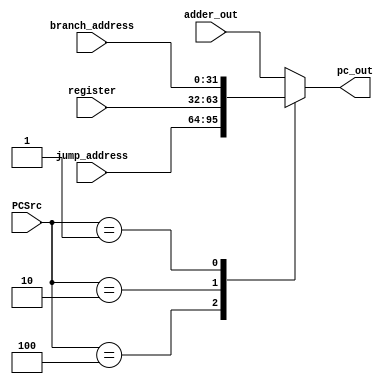
`timescale 1ns / 1ps
//////////////////////////////////////////////////////////////////////////////////
//	Alumnos:
//				 Ortmann, Nestor Javier
// 				 Trejo, Bruno Guillermo
// Year: 		 2019
// Module Name:  MULTIPLEXOR DEL PC
//////////////////////////////////////////////////////////////////////////////////
module PC_MUX #(
        parameter len_data = 32
    )
    (
        input [2:0] PCSrc,                      // viene de la Unidad de Control (se hace branch o se suma 4 noma al PC)
        input [len_data-1 : 0] adder_out,       // viene del PC_ADDER
        input [len_data-1 : 0] branch_address,  // viene de EX_MEM
        input [len_data-1 : 0] jump_address,    // viene de ID_EX?? o EX_MEM? 
        input [len_data-1 : 0] register,        // aahhh
 
        output reg [len_data - 1 : 0] pc_out    // salida para PC
    );

    always @(*)
    begin
        case (PCSrc)
    		3'b 100: pc_out <= jump_address;
    		3'b 010: pc_out <= register;
    		3'b 001: pc_out <= branch_address;
    		default: pc_out <= adder_out; 
        endcase
    end
endmodule